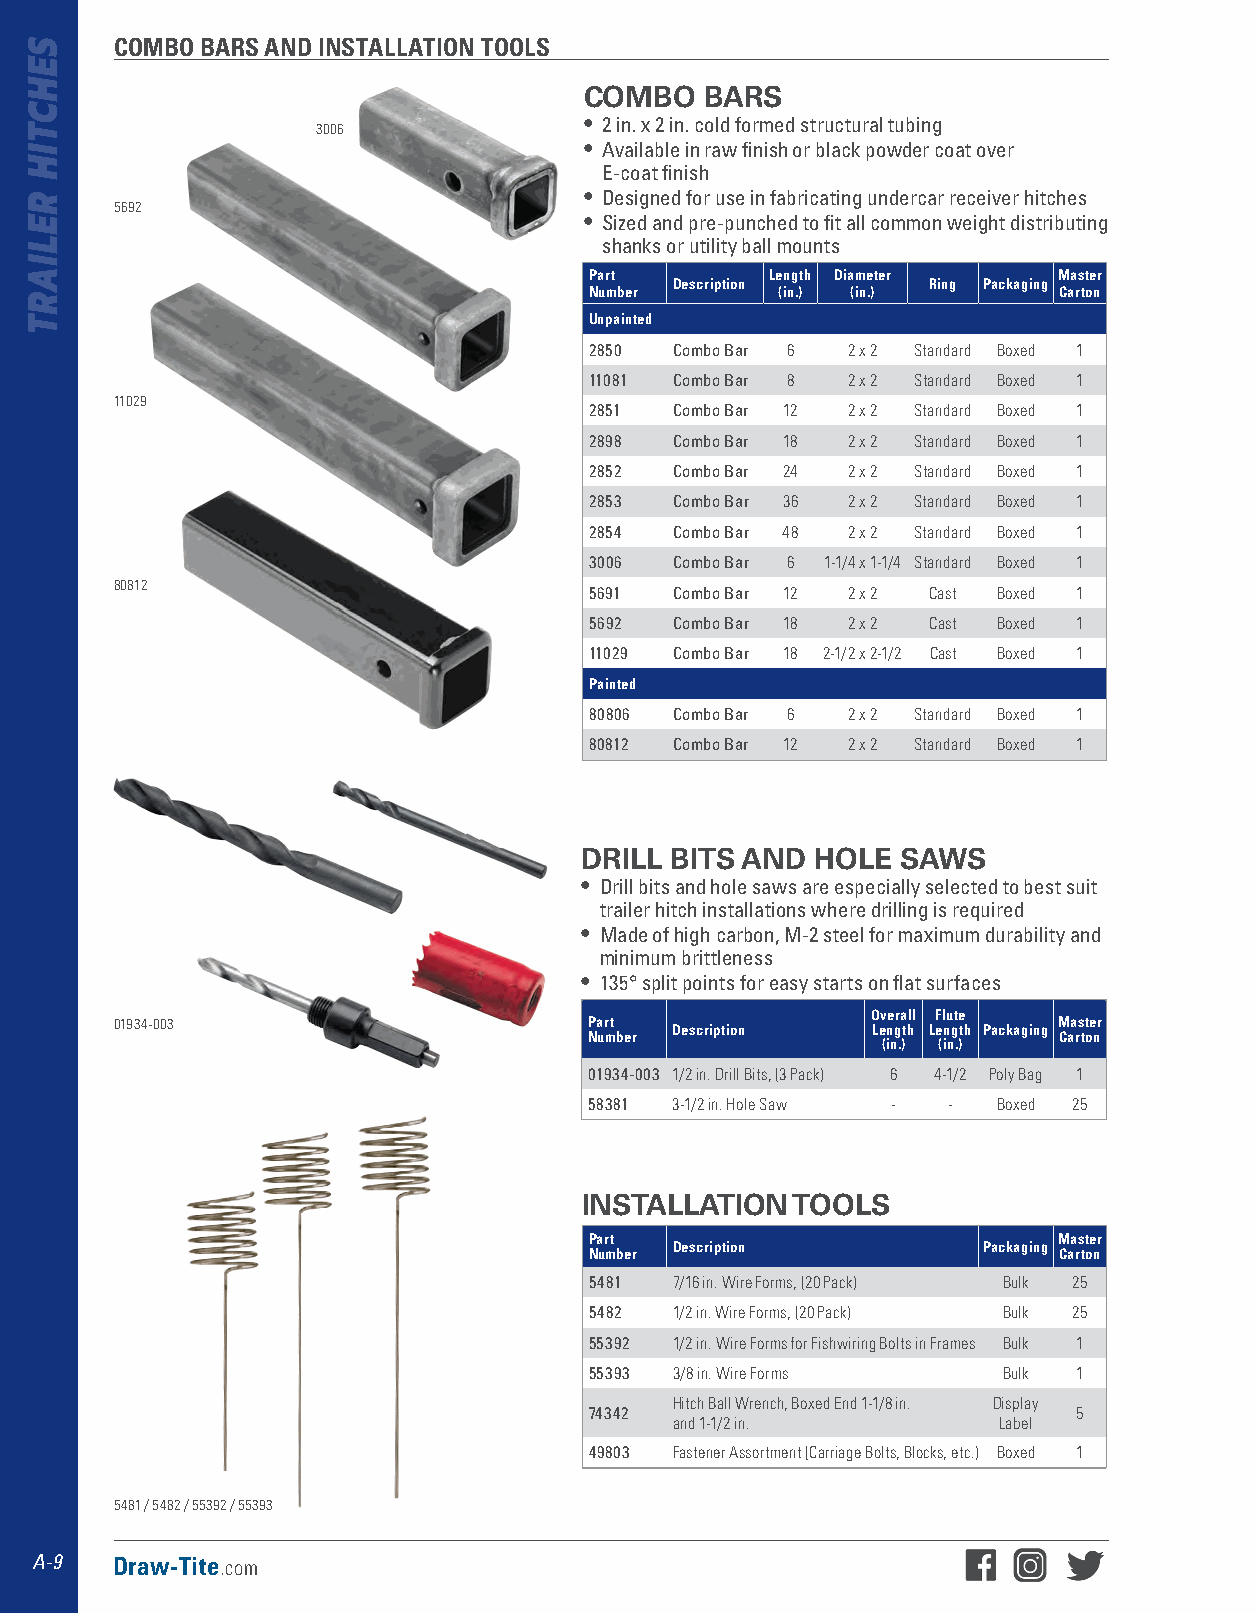
COMBO BARS AND INSTALLATION TOOLS
 COMBO   BARS
 • 2 in . x 2 in . cold formed structural tubing
 3006
 • Available in raw finish or black powder coat over
 E-coat finish
 • Designed for use in fabricating undercar receiver hitches
 5692
 • Sized and pre-punched to fit all common weight distributing
 shanks or utility ball mounts
 Part        Length Diameter    Master
 Description     Ring Packaging
 Number       (in.) (in.)       Carton
 Unpainted
 2850  Combo Bar 6 2 x 2 Standard Boxed 1
 11081 Combo Bar 8 2 x 2 Standard Boxed 1
 11029
 2851  Combo Bar 12 2 x 2 Standard Boxed 1
 2898  Combo Bar 18 2 x 2 Standard Boxed 1
 2852  Combo Bar 24 2 x 2 Standard Boxed 1
 2853  Combo Bar 36 2 x 2 Standard Boxed 1
 2854  Combo Bar 48 2 x 2 Standard Boxed 1
 3006  Combo Bar 6 1-1/4 x 1-1/4 Standard Boxed 1
 80812
 5691  Combo Bar 12 2 x 2 Cast Boxed 1
 5692  Combo Bar 18 2 x 2 Cast Boxed 1
 11029 Combo Bar 18 2-1/2 x 2-1/2 Cast Boxed 1
 Painted
 80806 Combo Bar 6 2 x 2 Standard Boxed 1
 80812 Combo Bar 12 2 x 2 Standard Boxed 1
 DRILL BITS AND  HOLE  SAWS
 • Drill bits and hole saws are especially selected to best suit
 trailer hitch installations where drilling is required
 • Made of high carbon, M-2 steel for maximum durability and
 minimum brittleness
 • 135° split points for easy starts on flat surfaces
 Overall Flute
 01934-003                      Part Description   Length Length Packaging Master
 Number                         Carton
 (in.) (in.)
 01934-003 1/2 in. Drill Bits, (3 Pack) 6 4-1/2 Poly Bag 1
 58381 3-1/2 in. Hole Saw - - Boxed 25
 INSTALLATION  TOOLS
 Part                           Master
 Description         Packaging
 Number                         Carton
 5481  7/16 in. Wire Forms, (20 Pack) Bulk 25
 5482  1/2 in. Wire Forms, (20 Pack) Bulk 25
 55392 1/2 in. Wire Forms for Fishwiring Bolts in Frames Bulk 1
 55393 3/8 in. Wire Forms   Bulk 1
 Hitch Ball Wrench, Boxed End 1-1/8 in. Display
 74342                           5
 and 1-1/2 in.        Label
 49803 Fastener Assortment (Carriage Bolts, Blocks, etc.) Boxed 1
 5481 / 5482 / 55392 / 55393
 A-9  Draw-Tite.com
 SEHCTIH
 RELIART